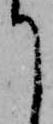
て